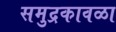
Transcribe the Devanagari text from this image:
समुद्रकावळा